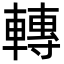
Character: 轉